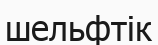
шельфтік